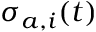
\sigma _ { a , i } ( t )